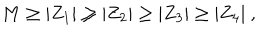
M \geq | Z _ { 1 } | \geq | Z _ { 2 } | \geq | Z _ { 3 } | \geq | Z _ { 4 } | ~ ,